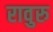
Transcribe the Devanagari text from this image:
रावुरु